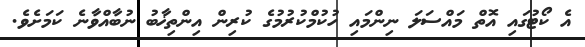
އެ ކޯޓުގައި އޮތް މައްސަލަ ނިންމައި ހުކުމްކުރުމުގެ ކުރިން އިންތިޚާބު ނުބާއްވާނެ ކަމަށެވެ.